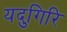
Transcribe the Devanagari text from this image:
यदुगिरि